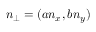
n _ { \perp } = ( a n _ { x } , b n _ { y } )